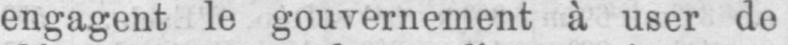
engagent le gouvernement à user de